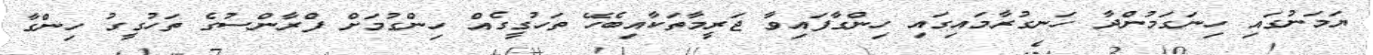
ޔަމަނުގައި ހިނަގަމުންދާ ހަނގުރާމައިގައި ހިންގާފައިވާ ޖަރީމާތަކާއިބެހޭ ތަހުގީގެއް ހިންގުމަށް ފްރާންސުގެ ތަހުގީގު ހިންގާ